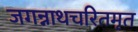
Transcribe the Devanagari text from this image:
जगन्नाथचरितमृत